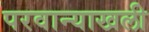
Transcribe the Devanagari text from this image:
परवान्याखली